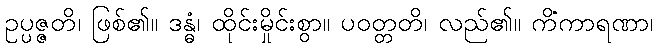
ဥပ္ပဇ္ဇတိ၊ ဖြစ်၏။ ဒန္ဓံ၊ ထိုင်းမှိုင်းစွာ။ ပဝတ္တတိ၊ လည်၏။ ကိံကာရဏာ၊